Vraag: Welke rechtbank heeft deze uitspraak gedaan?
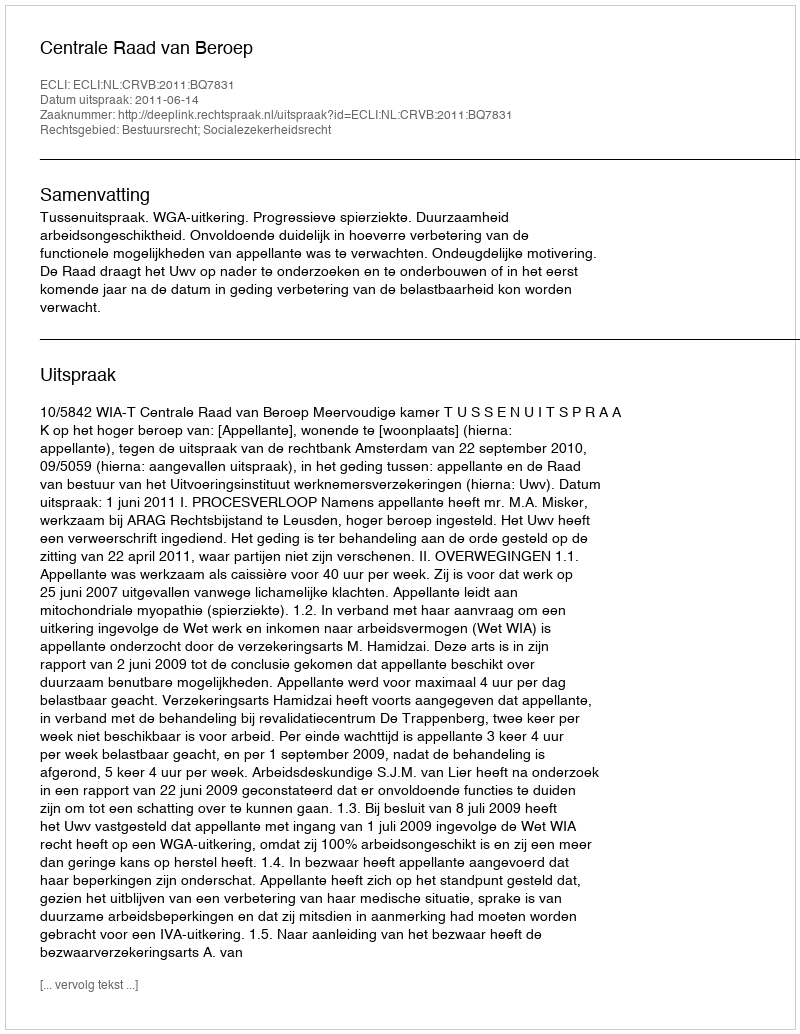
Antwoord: Centrale Raad van Beroep